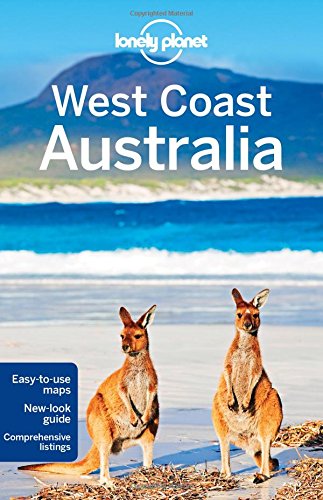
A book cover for Lonely Planet West Coast Australia (Travel Guide); Lonely Planet; Travel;